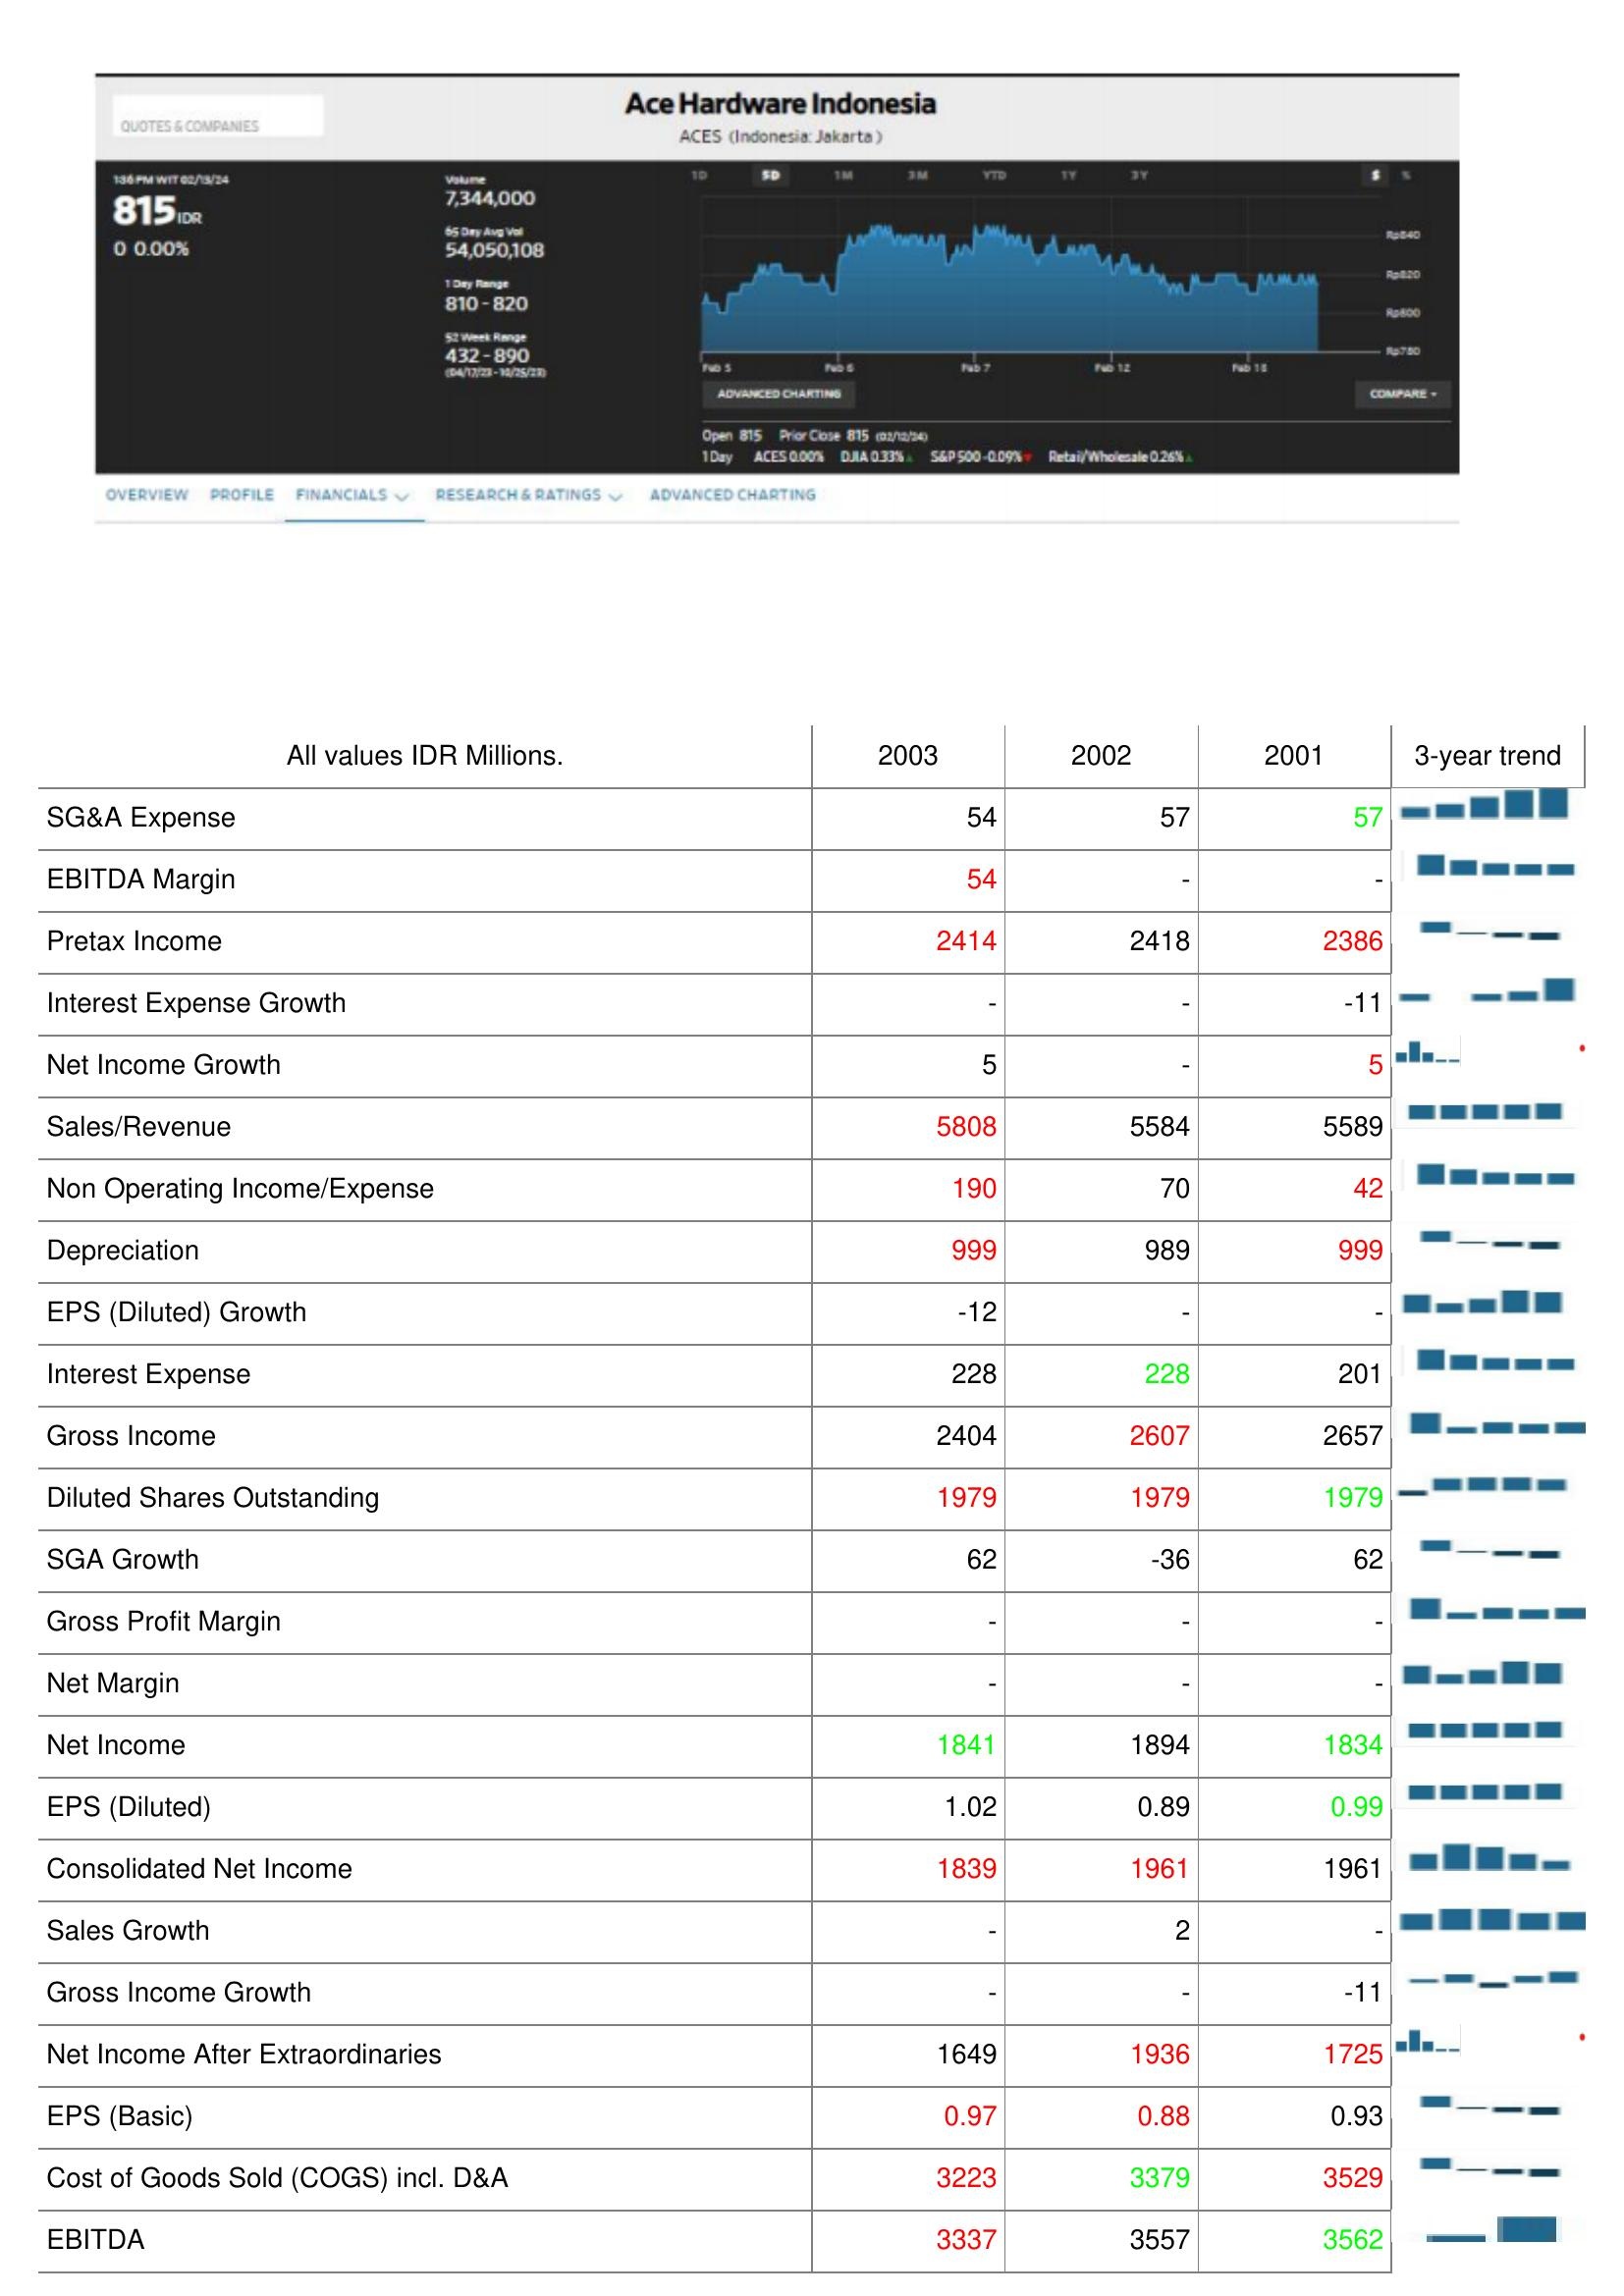
2003: : SG&A Expense: 54
EBITDA Margin: 54
Pretax Income: 2414
Interest Expense Growth: -
Net Income Growth: 5
Sales/Revenue: 5808
Non Operating Income/Expense: 190
Depreciation: 999
EPS (Diluted) Growth: -12
Interest Expense: 228
Gross Income: 2404
Diluted Shares Outstanding: 1979
SGA Growth: 62
Gross Profit Margin: -
Net Margin: -
Net Income: 1841
EPS (Diluted): 1.02
Consolidated Net Income: 1839
Sales Growth: -
Gross Income Growth: -
Net Income After Extraordinaries: 1649
EPS (Basic): 0.97
Cost of Goods Sold (COGS) incl. D&A: 3223
EBITDA: 3337
2002: : SG&A Expense: 57
EBITDA Margin: -
Pretax Income: 2418
Interest Expense Growth: -
Net Income Growth: -
Sales/Revenue: 5584
Non Operating Income/Expense: 70
Depreciation: 989
EPS (Diluted) Growth: -
Interest Expense: 228
Gross Income: 2607
Diluted Shares Outstanding: 1979
SGA Growth: -36
Gross Profit Margin: -
Net Margin: -
Net Income: 1894
EPS (Diluted): 0.89
Consolidated Net Income: 1961
Sales Growth: 2
Gross Income Growth: -
Net Income After Extraordinaries: 1936
EPS (Basic): 0.88
Cost of Goods Sold (COGS) incl. D&A: 3379
EBITDA: 3557
2001: : SG&A Expense: 57
EBITDA Margin: -
Pretax Income: 2386
Interest Expense Growth: -11
Net Income Growth: 5
Sales/Revenue: 5589
Non Operating Income/Expense: 42
Depreciation: 999
EPS (Diluted) Growth: -
Interest Expense: 201
Gross Income: 2657
Diluted Shares Outstanding: 1979
SGA Growth: 62
Gross Profit Margin: -
Net Margin: -
Net Income: 1834
EPS (Diluted): 0.99
Consolidated Net Income: 1961
Sales Growth: -
Gross Income Growth: -11
Net Income After Extraordinaries: 1725
EPS (Basic): 0.93
Cost of Goods Sold (COGS) incl. D&A: 3529
EBITDA: 3562